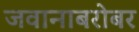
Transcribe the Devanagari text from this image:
जवानाबरोबर